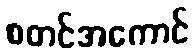
စတင်အကောင်